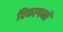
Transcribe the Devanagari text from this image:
विकल्पनों